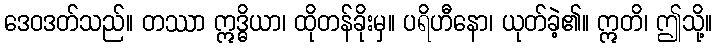
ဒေဝဒတ်သည်။ တဿာ ဣဒ္ဓိယာ၊ ထိုတန်ခိုးမှ။ ပရိဟီနော၊ ယုတ်ခဲ့၏။ ဣတိ၊ ဤသို့။